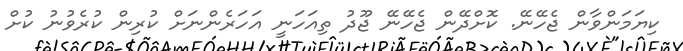
ކިޔަމަންވާން ޖެހޭނޭ. ކޮށްދޭން ޖެހޭނޭ ޖޫދު ތިއަހަނީ އަހަރެންނަށް ކުރިން ކުރެވުނު ކުށް